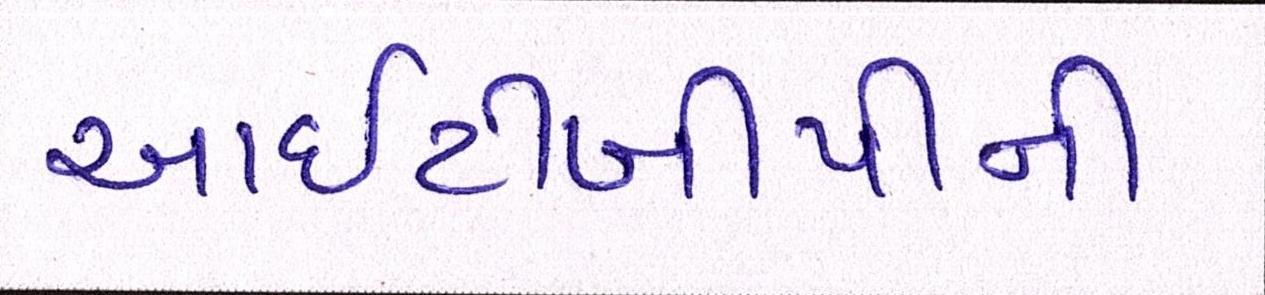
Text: આઇટીબીપીની